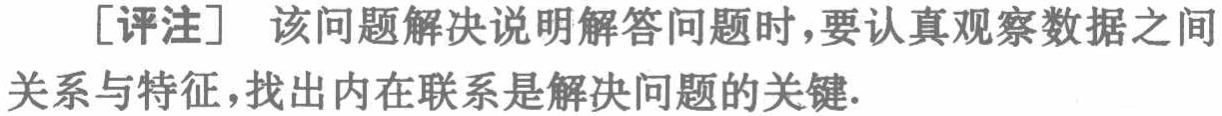
[评注] 该问题解决说明解答问题时，要认真观察数据之间关系与特征，找出内在联系是解决问题的关键.